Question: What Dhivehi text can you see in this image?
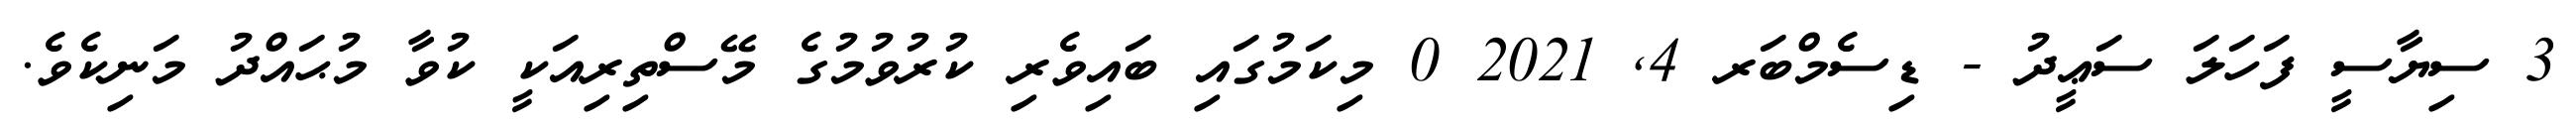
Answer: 3 ސިޔާސީ ފަހަލަ ސަޢީދު - ޑިސެމްބަރ 4, 2021 0 މިކަމުގައި ބައިވެރި ކުރުވުމުގެ މޭސްތިރިއަކީ ކުވާ މުޙައްދު މަނިކެވެ.